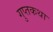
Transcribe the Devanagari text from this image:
गुप्तकथा